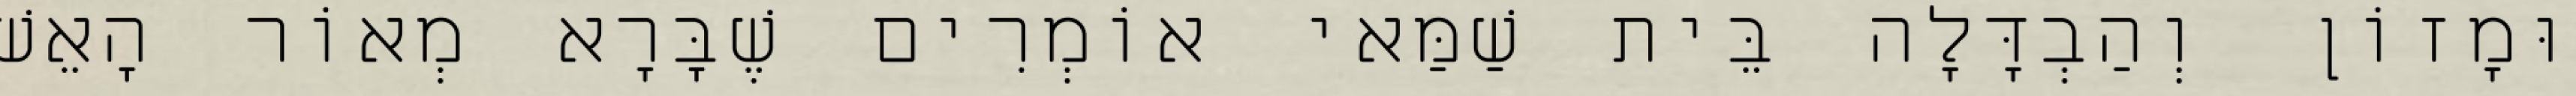
וּמָזוֹן וְהַבְדָּלָה בֵּית שַׁמַּאי אוֹמְרִים שֶׁבָּרָא מְאוֹר הָאֵשׁ